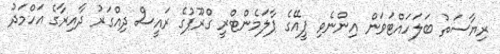
ރިޔާސަތު ބަލަހައްޓަވަން އިންނެވި ޕީއޭގެ ޕާލަމެންޓްރީ ގްރޫޕުގެ ރައީސް ދިއްގަރު ދާއިރާގެ އަހްމަދު